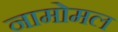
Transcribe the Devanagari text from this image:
नामोमल